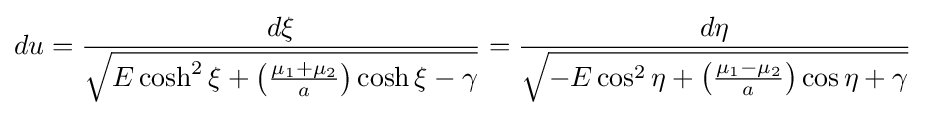
du={\frac {d\xi }{\sqrt {E\cosh ^{2}\xi +\left({\frac {\mu _{1}+\mu _{2}}{a}}\right)\cosh \xi -\gamma }}}={\frac {d\eta }{\sqrt {-E\cos ^{2}\eta +\left({\frac {\mu _{1}-\mu _{2}}{a}}\right)\cos \eta +\gamma }}}